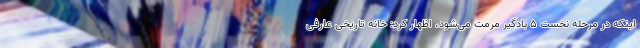
اینکه در مرحله نخست ۵ بادگیر مرمت می‌شود، اظهار کرد: خانه تاریخی عارفی